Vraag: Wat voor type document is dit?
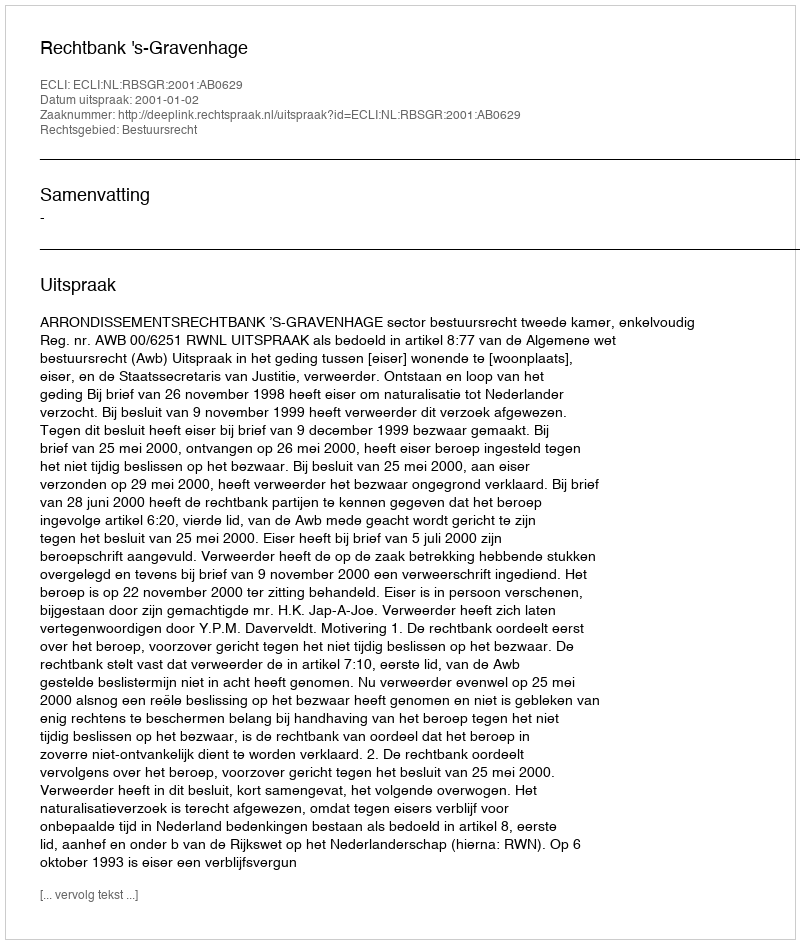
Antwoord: Uitspraak